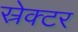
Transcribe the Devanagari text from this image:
स्रेक्टर